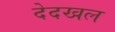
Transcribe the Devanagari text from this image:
देदखल